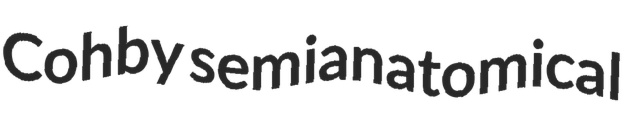
Cohby semianatomical